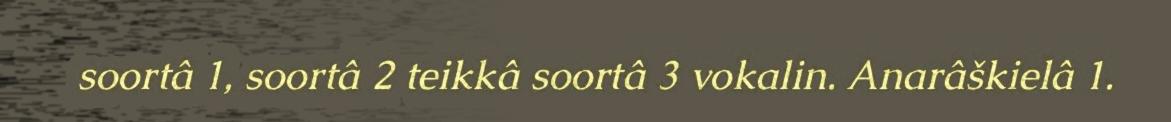
soortâ 1, soortâ 2 teikkâ soortâ 3 vokalin. Anarâškielâ 1.